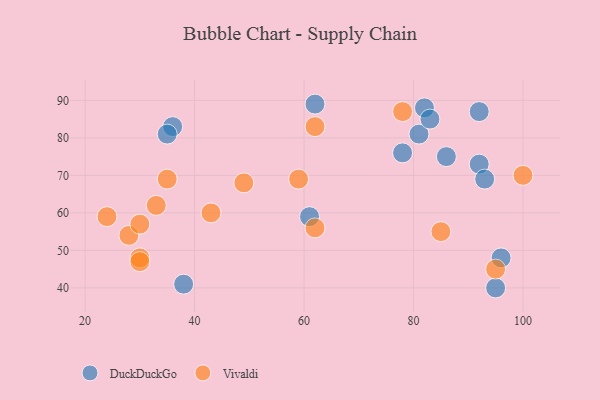
{"axis": {"x": "GDP", "y": "Life Expectancy"}, "legend": ["DuckDuckGo", "Vivaldi"], "data": [{"x": "82", "y": 88, "type": "DuckDuckGo"}, {"x": "95", "y": 40, "type": "DuckDuckGo"}, {"x": "36", "y": 83, "type": "DuckDuckGo"}, {"x": "92", "y": 73, "type": "DuckDuckGo"}, {"x": "93", "y": 69, "type": "DuckDuckGo"}, {"x": "81", "y": 81, "type": "DuckDuckGo"}, {"x": "35", "y": 81, "type": "DuckDuckGo"}, {"x": "62", "y": 89, "type": "DuckDuckGo"}, {"x": "92", "y": 87, "type": "DuckDuckGo"}, {"x": "38", "y": 41, "type": "DuckDuckGo"}, {"x": "96", "y": 48, "type": "DuckDuckGo"}, {"x": "86", "y": 75, "type": "DuckDuckGo"}, {"x": "83", "y": 85, "type": "DuckDuckGo"}, {"x": "61", "y": 59, "type": "DuckDuckGo"}, {"x": "78", "y": 76, "type": "DuckDuckGo"}, {"x": "95", "y": 45, "type": "Vivaldi"}, {"x": "78", "y": 87, "type": "Vivaldi"}, {"x": "49", "y": 68, "type": "Vivaldi"}, {"x": "62", "y": 56, "type": "Vivaldi"}, {"x": "100", "y": 70, "type": "Vivaldi"}, {"x": "30", "y": 48, "type": "Vivaldi"}, {"x": "43", "y": 60, "type": "Vivaldi"}, {"x": "28", "y": 54, "type": "Vivaldi"}, {"x": "35", "y": 69, "type": "Vivaldi"}, {"x": "59", "y": 69, "type": "Vivaldi"}, {"x": "30", "y": 57, "type": "Vivaldi"}, {"x": "85", "y": 55, "type": "Vivaldi"}, {"x": "30", "y": 47, "type": "Vivaldi"}, {"x": "33", "y": 62, "type": "Vivaldi"}, {"x": "24", "y": 59, "type": "Vivaldi"}, {"x": "62", "y": 83, "type": "Vivaldi"}]}